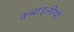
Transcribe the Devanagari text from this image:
क़बाइलीयों